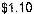
$1.10